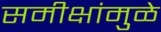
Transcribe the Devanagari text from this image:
समीक्षांमुळे